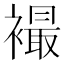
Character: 襊